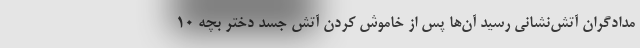
مدادگران آتش‌نشانی رسید آن‌ها پس از خاموش کردن آتش جسد دختر بچه ۱۰